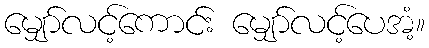
မျှော်လင့်ကောင်း မျှော်လင့်ပေအံ့။